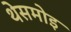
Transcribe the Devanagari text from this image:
थेसमोइ